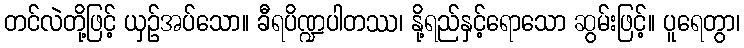
တင်လဲတို့ဖြင့် ယှဉ်အပ်သော။ ခီရပိဏ္ဍပါတဿ၊ နို့ရည်နှင့်ရောသော ဆွမ်းဖြင့်။ ပူရေတွာ၊